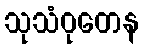
သုသံဝုတေန